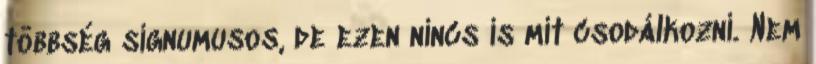
többség signumusos, de ezen nincs is mit csodálkozni. Nem